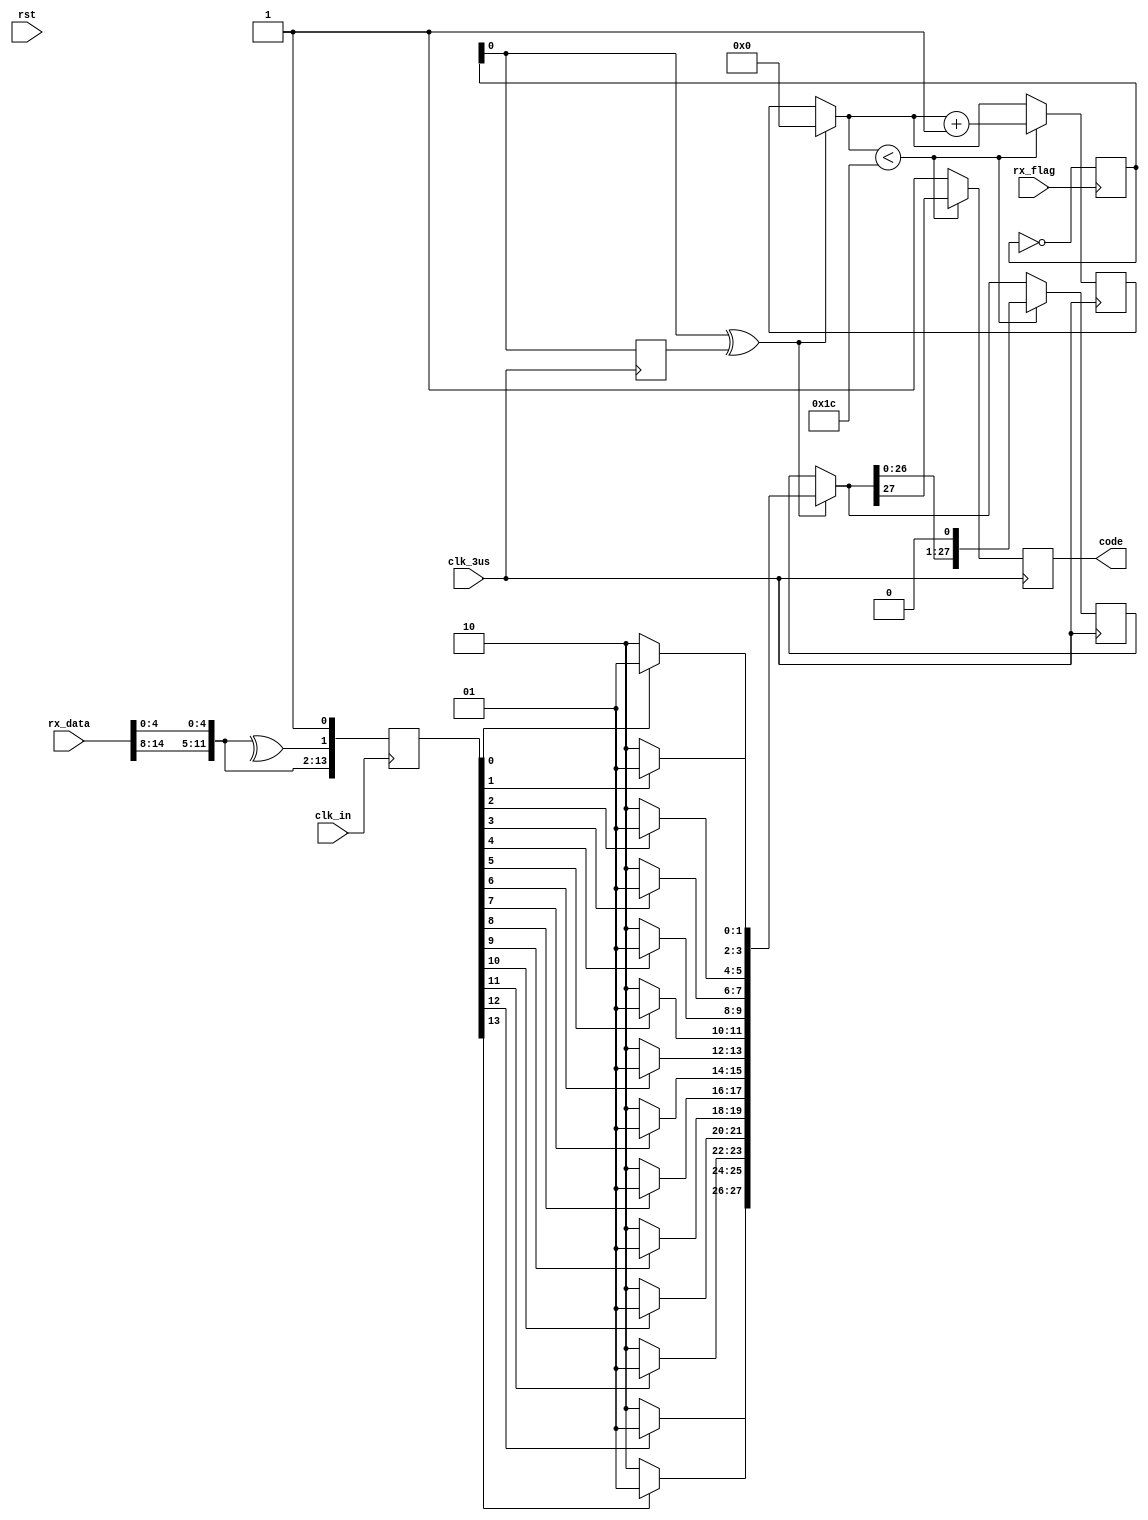
module man_coding_master(
           input wire	clk_in,
           input wire	rst,
           input wire	rx_flag,
           input wire [15: 0] rx_data,           // [buf1,buf2]
           input wire clk_3us,

           output reg code

       );

reg [13: 0]tx_buf;  // 14bit
wire [27: 0]data;   // 28bit
reg PB;

reg [27: 0]data_buf;
// reg PB = 1'b0;     // todo

reg [11: 0]temp;


always@(posedge clk_in)
begin
    temp = {rx_data[14: 8], rx_data[4: 0]};  //12bit
    PB = ^ temp;     //   
    tx_buf = {temp, PB, 1'b1};
end

//assign tx_buf = {temp, PB, 1'b1};


// assign tx_buf[7:0] = {rx_data[15:8]};

assign data[1: 0] = (tx_buf[0]) ? 2'b01 : 2'b10;
assign data[3: 2] = (tx_buf[1]) ? 2'b01 : 2'b10;
assign data[5: 4] = (tx_buf[2]) ? 2'b01 : 2'b10;
assign data[7: 6] = (tx_buf[3]) ? 2'b01 : 2'b10;
assign data[9: 8] = (tx_buf[4]) ? 2'b01 : 2'b10;
assign data[11: 10] = (tx_buf[5]) ? 2'b01 : 2'b10;
assign data[13: 12] = (tx_buf[6]) ? 2'b01 : 2'b10;
assign data[15: 14] = (tx_buf[7]) ? 2'b01 : 2'b10;
assign data[17: 16] = (tx_buf[8]) ? 2'b01 : 2'b10;
assign data[19: 18] = (tx_buf[9]) ? 2'b01 : 2'b10;
assign data[21: 20] = (tx_buf[10]) ? 2'b01 : 2'b10;
assign data[23: 22] = (tx_buf[11]) ? 2'b01 : 2'b10;
assign data[25: 24] = (tx_buf[12]) ? 2'b01 : 2'b10;
assign data[27: 26] = (tx_buf[13]) ? 2'b01 : 2'b10;


reg [3: 0] state = 0;

always@(posedge rx_flag)
begin
    // // 1
    // if(tx_buf[13] != 1)
    // begin
    state = ~state;

    // end
end

reg [1: 0]state_tmp = 0;
reg [5: 0]cnt = 0;
always@(posedge clk_3us)
begin
    state_tmp[1] = state_tmp[0];
    state_tmp[0] = state;

    if (state_tmp[0] ^ state_tmp[1])		// 
    begin
        data_buf = data;
        cnt = 0;
    end
    if (cnt < 28)
    begin
        code = data_buf[27];
        data_buf = data_buf << 1;
        cnt = cnt + 1;
    end
    else
    begin
        code = 1;
    end

end


endmodule